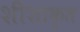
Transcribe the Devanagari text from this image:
शीशाकृत